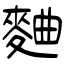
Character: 麯